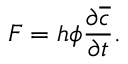
F = h \phi \frac { \partial \overline { { c } } } { \partial t } .